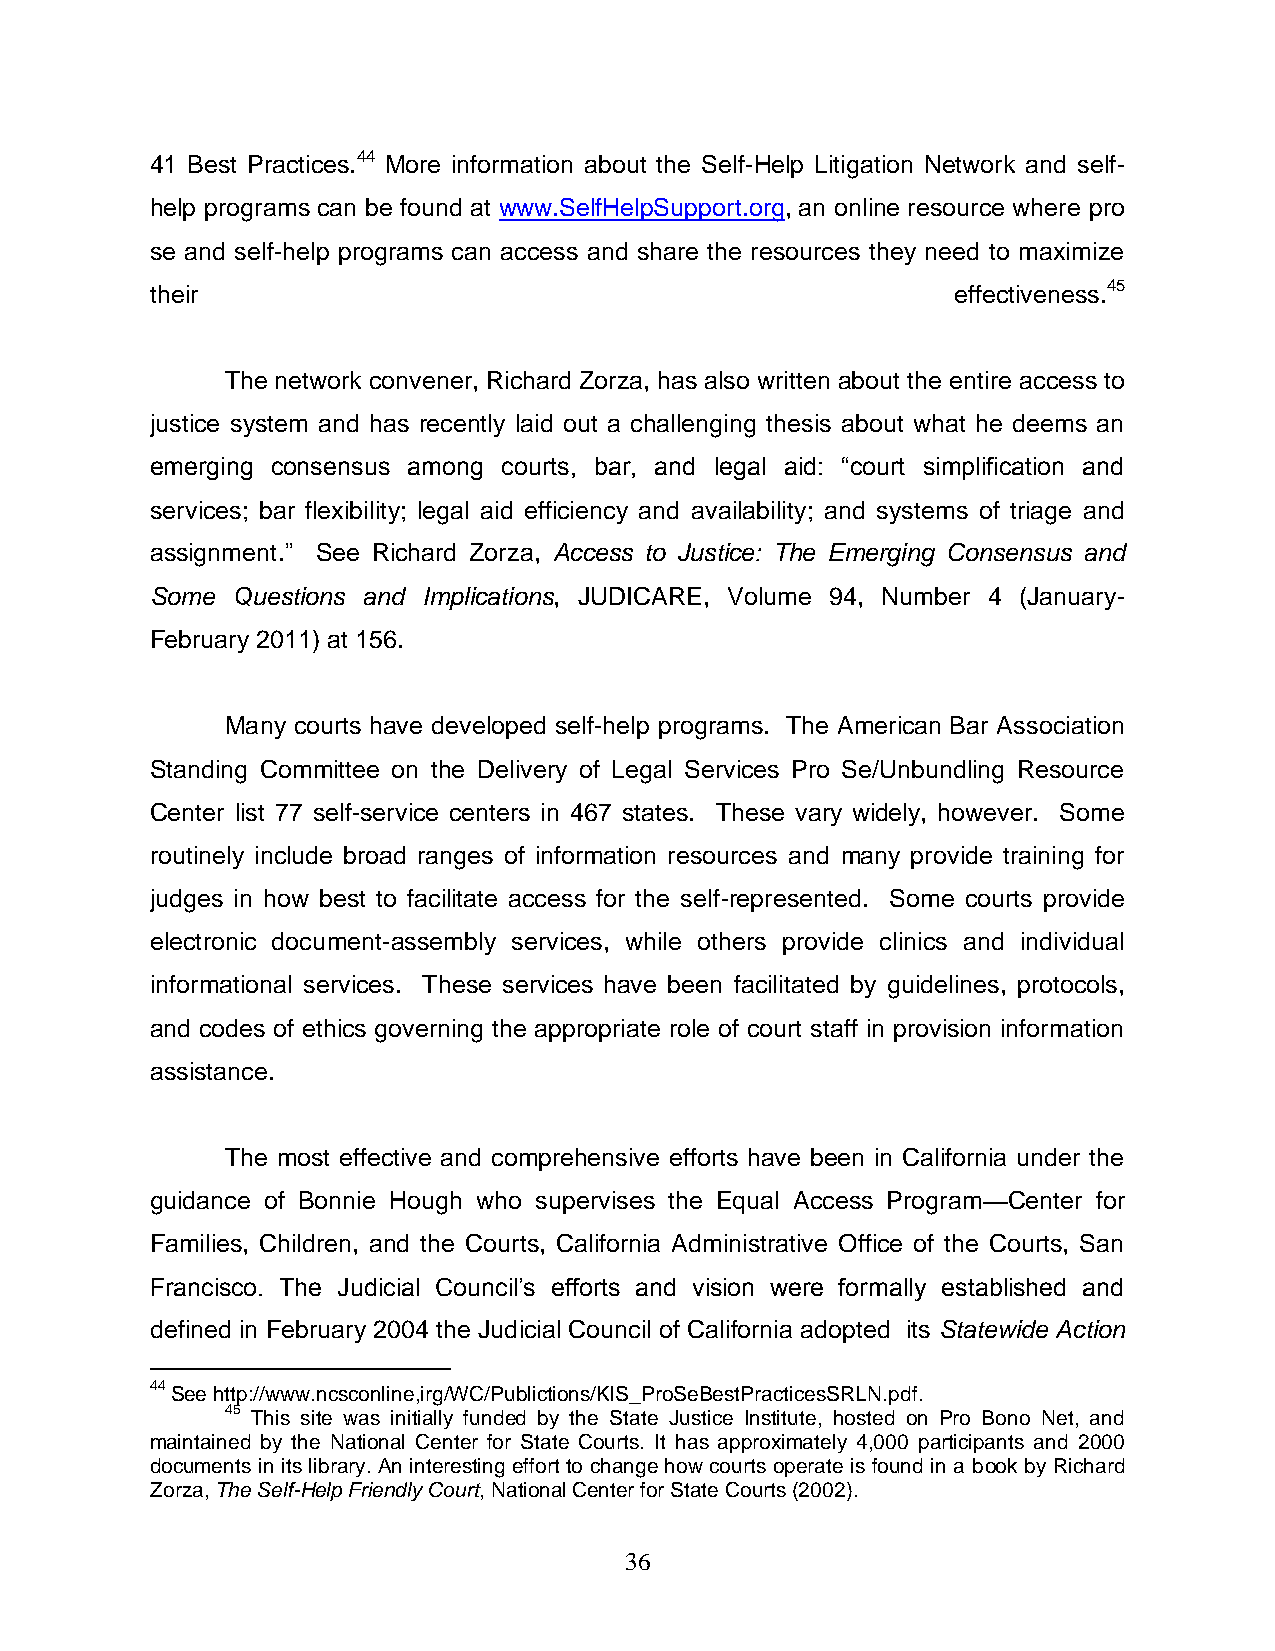
41 Best Practices.44 More information about the Self-Help Litigation Network and self-
 help programs can be found at www.SelfHelpSupport.org, an online resource where pro
 se and self-help programs can access and share the resources they need to maximize
 their                                                effectiveness.45
 The network convener, Richard Zorza, has also written about the entire access to
 justice system and has recently laid out a challenging thesis about what he deems an
 emerging consensus among courts, bar, and legal aid: ―court simplification and
 services; bar flexibility; legal aid efficiency and availability; and systems of triage and
 assignment.‖ See Richard Zorza, Access to Justice: The Emerging Consensus and
 Some Questions and Implications, JUDICARE, Volume 94, Number 4 (January-
 February 2011) at 156.
 Many courts have developed self-help programs. The American Bar Association
 Standing Committee on the Delivery of Legal Services Pro Se/Unbundling Resource
 Center list 77 self-service centers in 467 states. These vary widely, however. Some
 routinely include broad ranges of information resources and many provide training for
 judges in how best to facilitate access for the self-represented. Some courts provide
 electronic document-assembly services, while others provide clinics and individual
 informational services. These services have been facilitated by guidelines, protocols,
 and codes of ethics governing the appropriate role of court staff in provision information
 assistance.
 The most effective and comprehensive efforts have been in California under the
 guidance of Bonnie Hough who supervises the Equal Access Program—Center for
 Families, Children, and the Courts, California Administrative Office of the Courts, San
 Francisco. The Judicial Council’s efforts and vision were formally established and
 defined in February 2004 the Judicial Council of California adopted its Statewide Action
 44 See http://www.ncsconline,irg/WC/Publictions/KIS_ProSeBestPracticesSRLN.pdf.
 45 This site was initially funded by the State Justice Institute, hosted on Pro Bono Net, and
 maintained by the National Center for State Courts. It has approximately 4,000 participants and 2000
 documents in its library. An interesting effort to change how courts operate is found in a book by Richard
 Zorza, The Self-Help Friendly Court, National Center for State Courts (2002).
 36